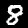
Digit: 8